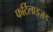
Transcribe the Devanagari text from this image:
फर्टिलाइज़्ड